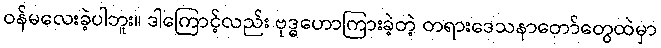
ဝန်မလေးခဲ့ပါဘူး။ ဒါကြောင့်လည်း ဗုဒ္ဓဟောကြားခဲ့တဲ့ တရားဒေသနာတော်တွေထဲမှာ